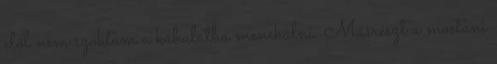
elől nem szoktam a kábulatba menekülni. Másrészt a mostani